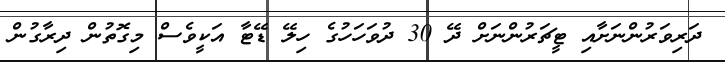
ދަރިވަރުންނަށާއި ޓީޗަރުންނަށް ދޭ 30 ދުވަހަހުގެ ހިލޭ ޑޭޓާ އަކީވެސް މިގޮތުން ދިރާގުން